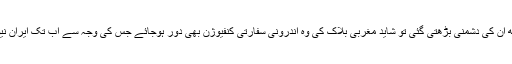
تاہم اگر روس کے ساتھ ان کی دشمنی بڑھتی گئی تو شاید مغربی بلاک کی وہ اندرونی سفارتی کنفیوژن بھی دور ہوجائے جس کی وجہ سے اب تک ایران نیوکلئیر معاہدہ باقی ہے۔